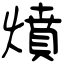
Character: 燌